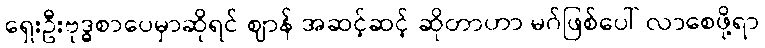
ရှေးဦးဗုဒ္ဓစာပေမှာဆိုရင် ဈာန် အဆင့်ဆင့် ဆိုတာဟာ မဂ်ဖြစ်ပေါ် လာစေဖို့ရာ